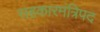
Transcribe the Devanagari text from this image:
सहकारमंत्रिपद